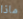
ماذا